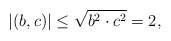
\begin{align*}|(b,c)| \leq \sqrt{b^2\cdot c^2} = 2,\end{align*}